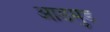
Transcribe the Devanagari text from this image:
आडमुड